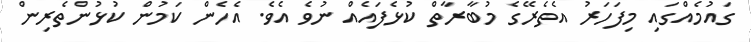
ގައުމެއްގައި މިފަހަރު އެތެރޭގެ މުބާރާތް ކުޅެފައެއް ނުވެ އެވެ. އެހެން ކަމުން ކުޅުންތެރިން